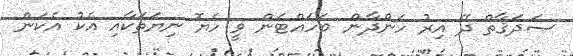
ޞަދަޤާތް ދޭ އިރު ހަންދާން ބަހައްޓަން ވީ ހެޔޮ ނިޔަތަކާއި އެކު އެކަން